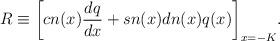
LaTeX: \begin{align*}R\equiv\bigg[cn(x)\frac{dq}{dx}+sn(x) dn(x) q(x)\bigg]_{x=-K}.\end{align*}